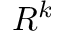
R ^ { k }